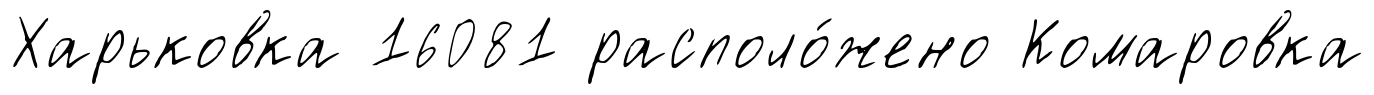
Харьковка 16081 располо́жено Комаровка